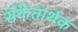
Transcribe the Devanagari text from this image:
संकेतार्थक